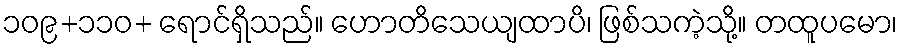
၁၀၉+၁၁၀+ ရောင်ရှိသည်။ ဟောတိသေယျထာပိ၊ ဖြစ်သကဲ့သို့။ တထူပမော၊